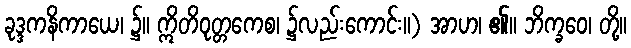
ခုဒ္ဒကနိကာယေ၊ ၌။ ဣိတိဝုတ္တကေစ၊ ၌လည်းကောင်း။) အာဟ၊ ၏။ ဘိက္ခဝေ၊ တို့။